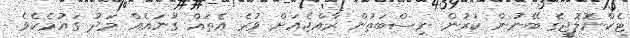
ޓެކްނޮލޮޖީގެ ބޭނުން ކުރުން ނިސްބަތުން ރާއްޖެއަށް ވުރެ އެތައް ގުނައެއް މަދު ގައުމެކެވެ.